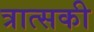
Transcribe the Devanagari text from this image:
त्रात्सकी